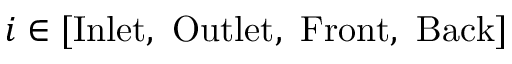
i \in [ \mathrm { I n l e t } , \ \mathrm { O u t l e t } , \ \mathrm { F r o n t } , \ \mathrm { B a c k } ]